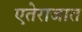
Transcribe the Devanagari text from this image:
एतेराजात